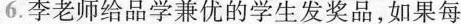
6.李老师给品学兼优的学生发奖品，如果每